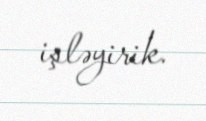
işləyirik.